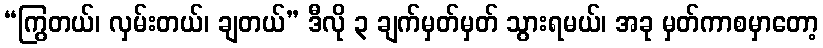
“ကြွတယ်၊ လှမ်းတယ်၊ ချတယ်” ဒီလို ၃ ချက်မှတ်မှတ် သွားရမယ်၊ အခု မှတ်ကာစမှာတော့